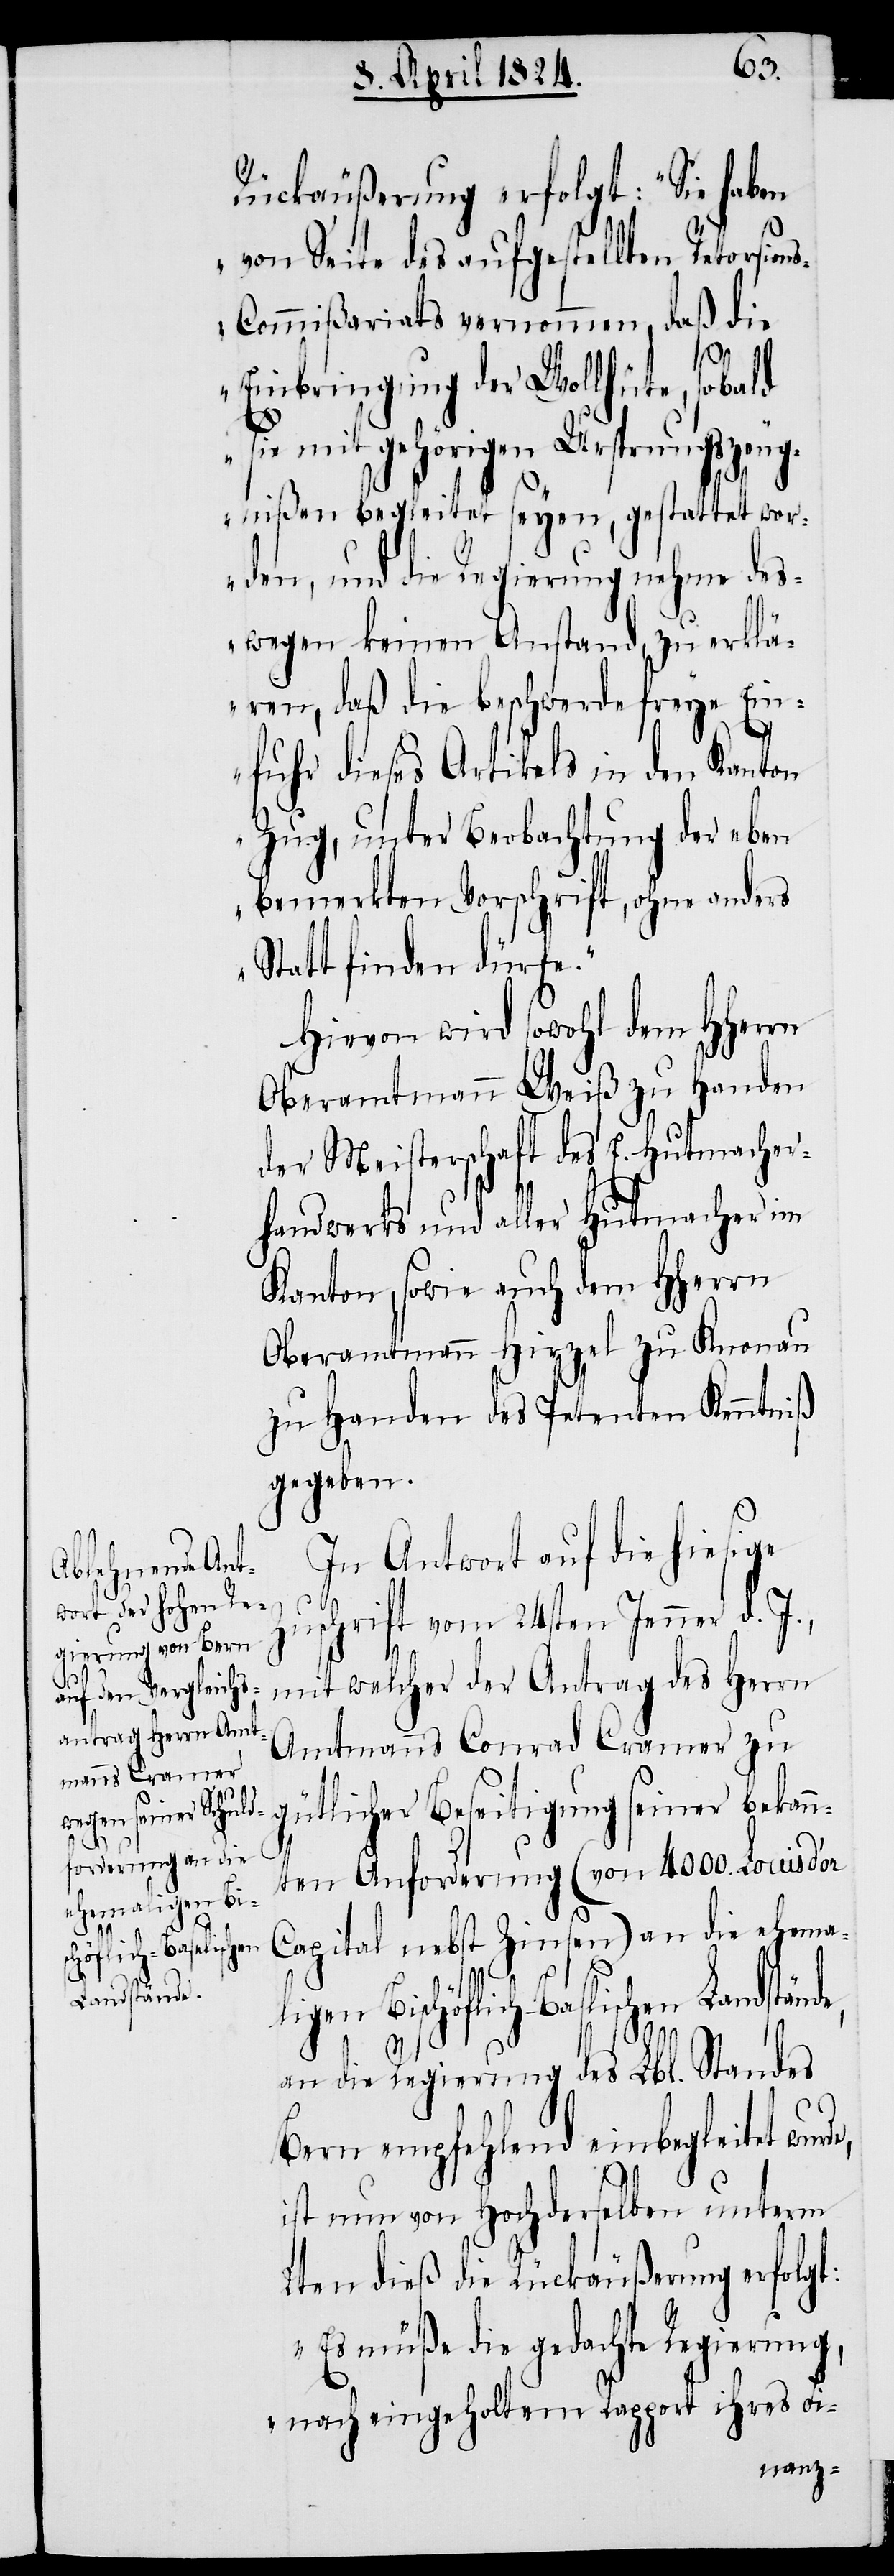
Rückäußerung erfolgt: „Sie haben
von Seite des aufgestellten Retorsion¬
s-Commißariats vernommen, daß die
Einbringung der Wollhüte, sobald
sie mit gehörigen Ursprungszeug¬
nißen begleitet seyen, gestattet wor¬
den, und die Regierung nehme des¬
wegen keinen Anstand, zu erklä¬
ren, daß die beschwerdefreye Ein¬
fuhr dieses Artikels in den Kanton
Zug, unter Beobachtung der eben
bemerkten Vorschrift, ohne anders
Statt finden dürfte.“
Hievon wird sowohl dem HHerrn
Oberamtmann Weiß zu Handen
der Meisterschaft des E. Hutmacher¬
handwerks und aller Hutmacher im
Kanton, sowie auch dem HHerrn
Oberamtmann Hirzel zu Knonau
zu Handen des Petenten Kenntniß
gegeben.
In Antwort auf die hiesige
Zuschrift vom 24sten Jenner d. J.,
de,
mit welcher der Antrag des Herrn
Amtmanns Conrad Cramer zu
gütlicher Beseitigung seiner bekann¬
ten Anforderung (von 4000. Louis d’or
emaligen Bi¬
Capital nebst Zinsen) an die eh¬
schöflich-Baselischen
Landstände,
an die Regierung des Lbl. Standes
Bern empfehlend einbegleitet wur¬
ist nun von Hochderselben unterm
2ten dieß die Rückäußerung erfolgt:
„Es müße die gedachte Regierung,
nach eingeholtem Rapport ihres Fi-